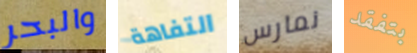
والبحر التفاهة نمارس بتفقد